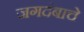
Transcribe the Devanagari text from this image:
जगदंबाचे